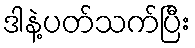
ဒါနဲ့ပတ်သက်ပြီး